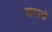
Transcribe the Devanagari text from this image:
सटाणे